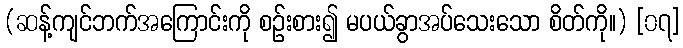
(ဆန့်ကျင်ဘက်အကြောင်းကို စဉ်းစား၍ မပယ်ခွာအပ်သေးသော စိတ်ကို။) [၀၇]